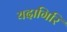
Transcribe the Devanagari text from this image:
यदागिरि